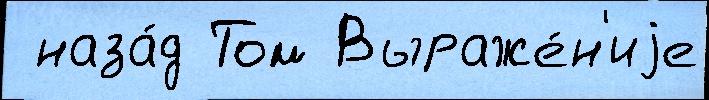
 наза́д Том Выраже́н'иjе